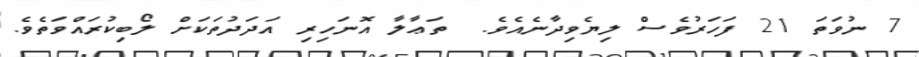
7 ނުވަތަ 21 ފަހަރުވެސް ލިޔެވިދާނެއެވެ.  ތަޢާލާ އޮނަހިރި އަދަދުތަކަށް ލޯބިކުރައްވަތެވެ.